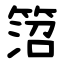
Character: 䈃